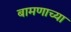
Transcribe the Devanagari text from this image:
बामणाच्या